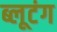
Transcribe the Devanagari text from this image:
ब्लूटंग